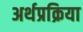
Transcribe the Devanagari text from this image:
अर्थप्रक्रिया